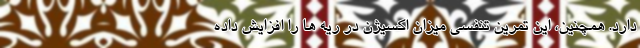
دارد. همچنین، این تمرین تنفسی میزان اکسیژن در ریه ها را افزایش داده